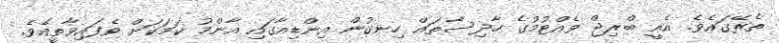
ތެރޭގައެވެ. އެއީ ބްރިޖް ވެއްޓުމުގެ ހާދިސާތައް ހިނގުން އިންޑިއާގައި އާންމު ކަމަކަށް ވެފައިވާތީއެވެ.